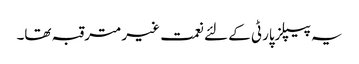
یہ پیپلزپارٹی کے لئے نعمت غیر مترقبہ تھا۔